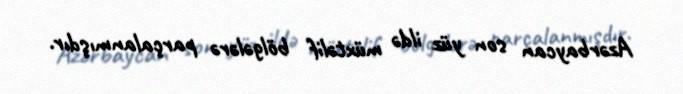
Azərbaycan son yüz ildə müxtəlif bölgələrə parçalanmışdır.